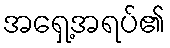
အရှေ့အရပ်၏